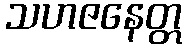
သဟဇနေတ္တ